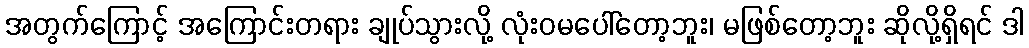
အတွက်ကြောင့် အကြောင်းတရား ချုပ်သွားလို့ လုံးဝမပေါ်တော့ဘူး၊ မဖြစ်တော့ဘူး ဆိုလို့ရှိရင် ဒါ